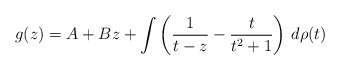
\begin{align*}g(z) = A + Bz + \int \left(\frac{1}{t-z}-\frac{t}{t^2+1} \right)\, d\rho(t)\end{align*}